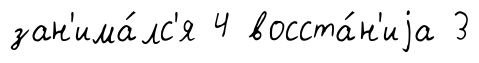
зан'има́лс'я 4 восста́н'иjа 3